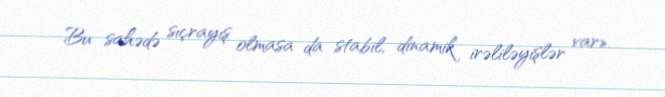
Bu sahədə sıçrayış olmasa da stabil, dinamik irəliləyişlər var».